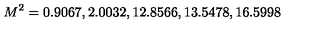
M ^ { 2 } = 0 . 9 0 6 7 , 2 . 0 0 3 2 , 1 2 . 8 5 6 6 , 1 3 . 5 4 7 8 , 1 6 . 5 9 9 8